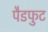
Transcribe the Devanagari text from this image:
पैडफुट